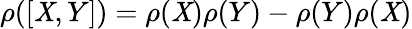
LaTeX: \rho([\mathit{X},Y])=\rho(\mathit{X})\rho(Y)-\rho(Y)\rho(\mathit{X})